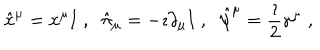
\hat { x } ^ { \mu } = x ^ { \mu } { \bf I } \; , \; \; \hat { \pi } _ { \mu } = - \imath \partial _ { \mu } { \bf I } \; , \; \; \hat { \psi } ^ { \mu } = \frac { \imath } { 2 } \gamma ^ { \mu } \; ,